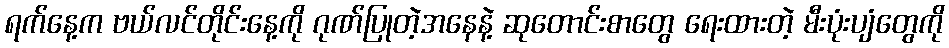
ရက်နေ့က ဗယ်လင်တိုင်းနေ့ကို ဂုဏ်ပြုတဲ့အနေနဲ့ ဆုတောင်းစာတွေ ရေးထားတဲ့ မီးပုံးပျံတွေကို